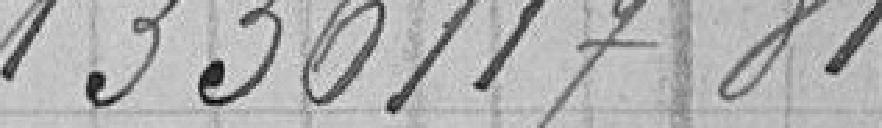
1356117,81